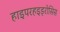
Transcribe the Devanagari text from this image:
हाइपरहइड्रोसिस